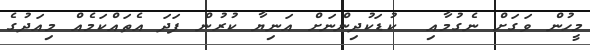
މީހުން ވަގަށް ނެގުމާއި  ކުޑަކުދިންނަށް އަނިޔާ ކުރުން ފަދަ އެތައްކަމެއް މިއަދުގެ